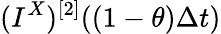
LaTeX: (I^{X})^{[2]}((1-\theta)\Delta t)